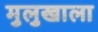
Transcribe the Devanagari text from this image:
मुलुखाला